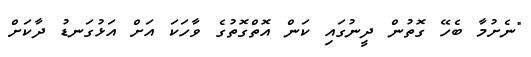
"ނެށުމާ ބެހޭ ގޮތުން ދީނުގައި ކަން އޮތްގޮތުގެ ވާހަކަ އަށް އަޅުގަނޑު ދާކަށް